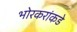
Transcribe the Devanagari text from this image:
भोरकरांकडे